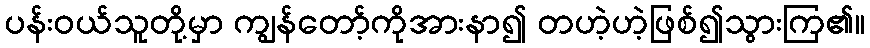
ပန်းဝယ်သူတို့မှာ ကျွန်တော့်ကိုအားနာ၍ တဟဲ့ဟဲ့ဖြစ်၍သွားကြ၏။